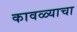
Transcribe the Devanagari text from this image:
कावळ्याचा